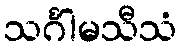
သင်္ဂါမသီသံ